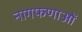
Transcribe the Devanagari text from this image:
नागफणाओं